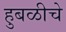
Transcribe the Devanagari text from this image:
हुबळीचे